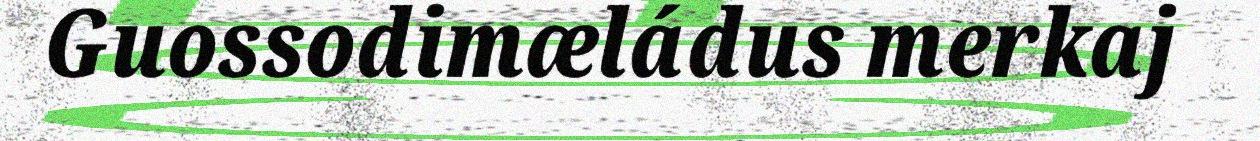
Guossodimæládus merkaj